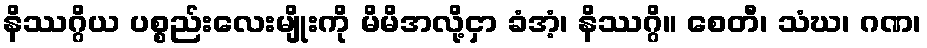
နိဿဂ္ဂိယ ပစ္စည်းလေးမျိုးကို မိမိအလို့ငှာ ခံအံ့၊ နိဿဂ္ဂိ။ စေတီ၊ သံဃ၊ ဂဏ၊